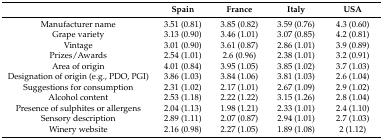
<table><thead><tr><td></td><td><b>Spain</b></td><td><b>France</b></td><td><b>Italy</b></td><td><b>USA</b></td></tr></thead><tbody><tr><td>Manufacturer name</td><td>3.51 (0.81)</td><td>3.85 (0.82)</td><td>3.59 (0.76)</td><td>4.3 (0.60)</td></tr><tr><td>Grape variety</td><td>3.13 (0.90)</td><td>3.46 (1.01)</td><td>3.07 (0.85)</td><td>4.2 (0.81)</td></tr><tr><td>Vintage</td><td>3.01 (0.90)</td><td>3.61 (0.87)</td><td>2.86 (1.01)</td><td>3.9 (0.89)</td></tr><tr><td>Prizes/Awards</td><td>2.54 (1.01)</td><td>2.6 (0.96)</td><td>2.38 (1.01)</td><td>3.2 (0.91)</td></tr><tr><td>Area of origin</td><td>4.01 (0.84)</td><td>3.95 (1.05)</td><td>3.85 (1.02)</td><td>3.7 (1.03)</td></tr><tr><td>Designation of origin (e.g., PDO, PGI)</td><td>3.86 (1.03)</td><td>3.84 (1.06)</td><td>3.81 (1.03)</td><td>2.6 (1.04)</td></tr><tr><td>Suggestions for consumption</td><td>2.31 (1.02)</td><td>2.17 (1.01)</td><td>2.67 (1.09)</td><td>2.9 (1.02)</td></tr><tr><td>Alcohol content</td><td>2.53 (1.18)</td><td>2.22 (1.22)</td><td>3.15 (1.26)</td><td>2.8 (1.04)</td></tr><tr><td>Presence of sulphites or allergens</td><td>2.04 (1.13)</td><td>1.98 (1.21)</td><td>2.33 (1.01)</td><td>2.4 (1.10)</td></tr><tr><td>Sensory description</td><td>2.89 (1.11)</td><td>2.07 (0.87)</td><td>2.94 (1.01)</td><td>2.7 (1.03)</td></tr><tr><td>Winery website</td><td>2.16 (0.98)</td><td>2.27 (1.05)</td><td>1.89 (1.08)</td><td>2 (1.12)</td></tr></tbody></table>